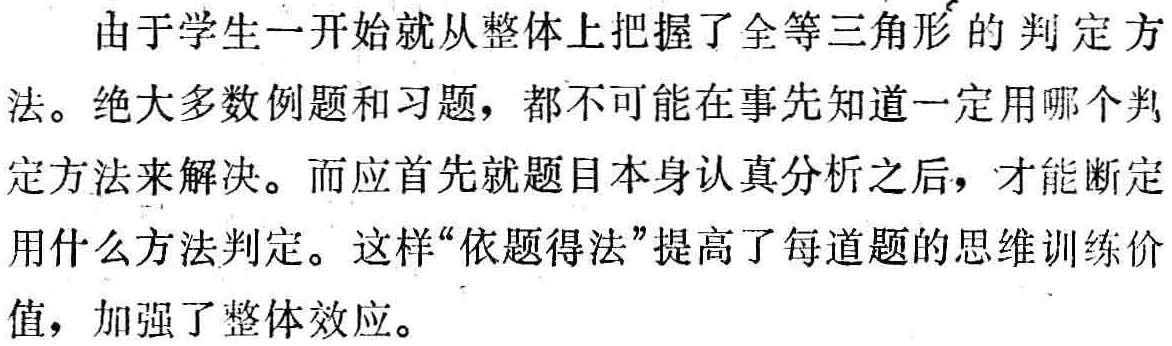
由于学生一开始就从整体上把握了全等三角形的判定方法。绝大多数例题和习题，都不可能在事先知道一定用哪个判法。而应首先就题目本身认真分析之后，才能断定用什么方法判定。这样“依题得法”提高了每道题的思维训练价值，加强了整体效应。